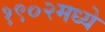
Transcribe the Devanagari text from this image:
१९०२मध्ये